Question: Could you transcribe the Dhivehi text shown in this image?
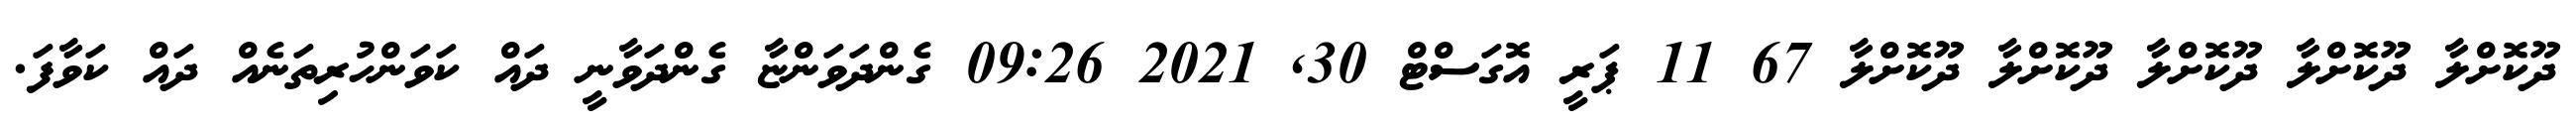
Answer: ދޫކޮށްލާ ދޫކޮށްލާ ދޫކޮށްލާ ދޫކޮށްލާ ދޫކޮށްލާ 67 11 ޕަރީ އޮގަސްޓް 30, 2021 09:26 ގެންދަވަންޏާ ގެންދަވާނީ ދައް ކަވަންހުރިތަނެއް ދައް ކަވާފަ.